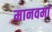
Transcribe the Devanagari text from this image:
मानवर्मा